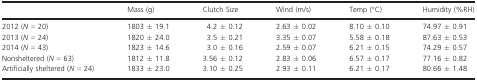
<table><thead><tr><td></td><td><b>Mass (g)</b></td><td><b>Clutch Size</b></td><td><b>Wind (m/s)</b></td><td><b>Temp (°C)</b></td><td><b>Humidity (%RH)</b></td></tr></thead><tbody><tr><td>2012 (<i>N</i> = 20)</td><td>1803 ± 19.1</td><td>4.2 ± 0.12</td><td>2.63 ± 0.02</td><td>8.10 ± 0.10</td><td>74.97 ± 0.91</td></tr><tr><td>2013 (<i>N</i> = 24)</td><td>1820 ± 24.0</td><td>3.5 ± 0.21</td><td>3.35 ± 0.07</td><td>5.58 ± 0.18</td><td>87.63 ± 0.53</td></tr><tr><td>2014 (<i>N</i> = 43)</td><td>1823 ± 14.6</td><td>3.0 ± 0.16</td><td>2.59 ± 0.07</td><td>6.21 ± 0.15</td><td>74.29 ± 0.57</td></tr><tr><td>Nonsheltered (<i>N</i> = 63)</td><td>1812 ± 11.8</td><td>3.56 ± 0.12</td><td>2.83 ± 0.06</td><td>6.57 ± 0.17</td><td>77.16 ± 0.82</td></tr><tr><td>Artificially sheltered (<i>N</i> = 24)</td><td>1833 ± 23.0</td><td>3.10 ± 0.25</td><td>2.93 ± 0.11</td><td>6.21 ± 0.17</td><td>80.66 ± 1.48</td></tr></tbody></table>